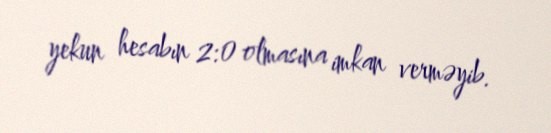
yekun hesabın 2:0 olmasına imkan verməyib.